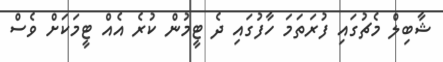
ޝާބިލް މެޗުގައި ފުރަތަމަ ހާފުގައި ދެ ޓީމުން ކުރެ އެއް ޓީމަކަށް ވެސް